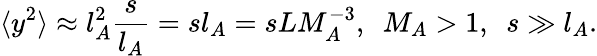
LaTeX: \langle y^{2}\rangle\approx l_{A}^{2}\frac{s}{l_{A}}=sl_{A}=sLM_{A}^{-3},~~M_{A}>1,~~s\gg l_{A}.